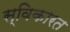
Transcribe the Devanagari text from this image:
स्विकारत